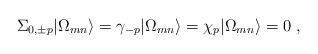
LaTeX: \begin{align*}\Sigma_{0,\pm p}|\Omega_{mn}\rangle =\gamma_{-p}|\Omega_{mn}\rangle =\chi_{p}|\Omega_{mn}\rangle =0 \ ,\end{align*}